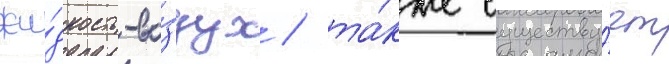
жи́дкость-во́здух / та́кже существу́ет